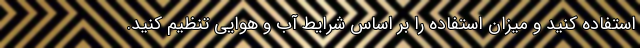
استفاده کنید و میزان استفاده را بر اساس شرایط آب و هوایی تنظیم کنید.